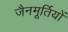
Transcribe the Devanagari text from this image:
जैनमूर्तियों